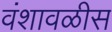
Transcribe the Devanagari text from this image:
वंशावळीस